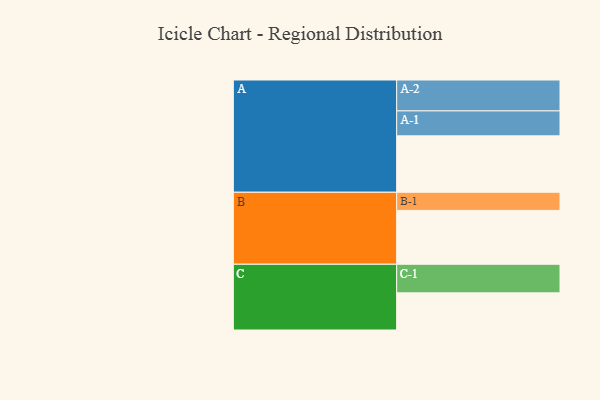
{"axis": {"x": "Segment", "y": "Value"}, "legend": ["", "A", "B", "C"], "data": [{"x": "A", "y": 531, "type": ""}, {"x": "B", "y": 507, "type": ""}, {"x": "C", "y": 350, "type": ""}, {"x": "A-1", "y": 235, "type": "A"}, {"x": "A-2", "y": 291, "type": "A"}, {"x": "B-1", "y": 171, "type": "B"}, {"x": "C-1", "y": 269, "type": "C"}]}